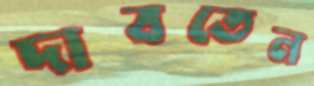
দাবতেন